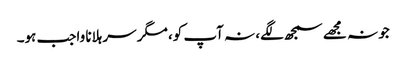
جو نہ مجھے سمجھ لگے، نہ آپ کو، مگر سر ہلانا واجب ہو۔